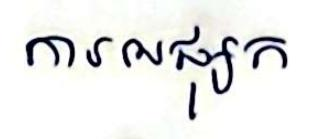
ការអផ្សុក